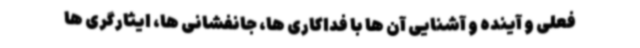
فعلی و آینده و آشنایی آن ها با فداکاری ها، جانفشانی ها، ایثارگری ها